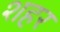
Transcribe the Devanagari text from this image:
शहर